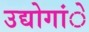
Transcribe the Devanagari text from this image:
उद्योगांे